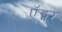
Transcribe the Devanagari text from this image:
ऍड्गर